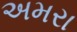
અમરા